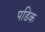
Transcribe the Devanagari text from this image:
पडिक